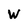
Character: W